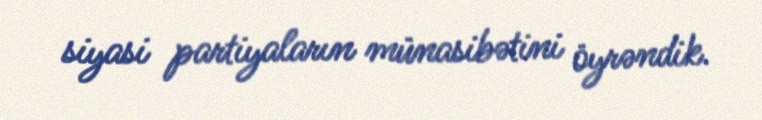
siyasi partiyaların münasibətini öyrəndik.